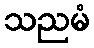
သညမံ